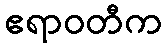
ဧရာဝတီက